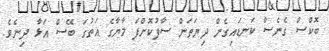
ބޮކްސް ގެނެސް ކަނޑައިގެން ދިޔަތަން ސާފުކޮށްފަ މާޔާގެ އަތުގަ ބޭސް އަޅާ ދިނެވެ.